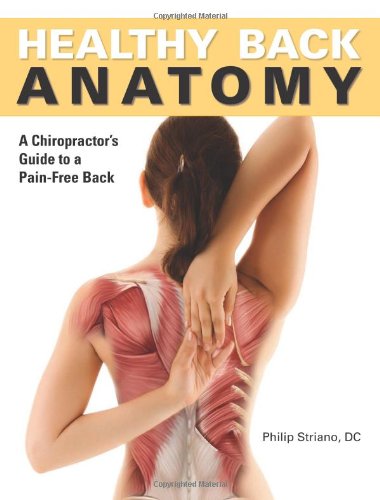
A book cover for Healthy Back Anatomy; Philip Striano Dr.; Health, Fitness & Dieting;